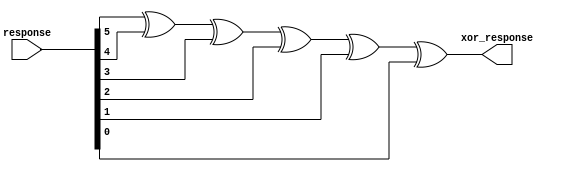
`timescale 1ns / 1ps
//////////////////////////////////////////////////////////////////////////////////
//
// Modify Date		:	07/14/14
// Module Name		:  pufInterconNetwork
// Project Name   :  PDL
// Target Devices	: 	Xilinx Vertix 5, XUPV5 110T
// Tool versions	: 	14.4 ISE
//
// Description:
// The output network. Not in accordance with paper. A 6 input xor as output.
//
//////////////////////////////////////////////////////////////////////////////////
module pufOutputNetwork(
			input wire [5:0] response,
			output wire xor_response
    );
	 
	 // xor is equivalent to add w/o carry for 1-bit case.
	 assign xor_response = response[5] ^ response[4] ^ response[3] ^ response[2] ^ response[1] ^ response[0];

endmodule